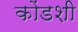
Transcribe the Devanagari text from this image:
कोंडशी